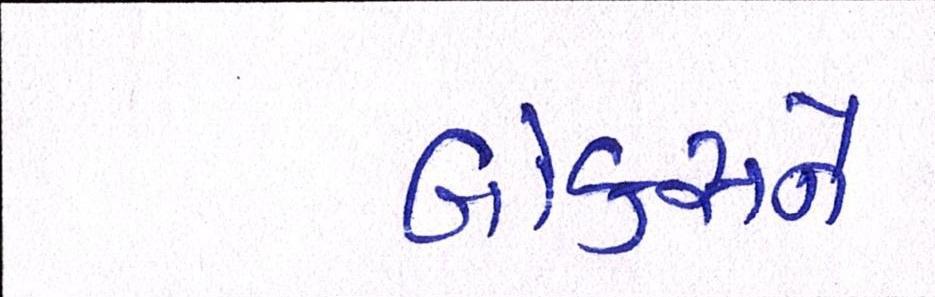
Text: બોક્સને